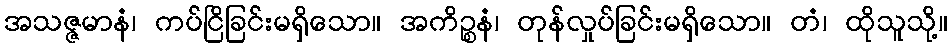
အသဇ္ဇမာနံ၊ ကပ်ငြိခြင်းမရှိသော။ အကိဉ္စနံ၊ တုန်လှုပ်ခြင်းမရှိသော။ တံ၊ ထိုသူသို့။